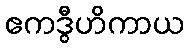
ဧကဒွီဟိကာယ